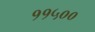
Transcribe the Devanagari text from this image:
११५००